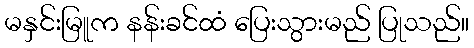
မနှင်းမြူက နန်းခင်ထံ ပြေးသွားမည် ပြုသည်။